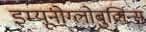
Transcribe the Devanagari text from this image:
इम्यूनोग्लोबुलिन्स